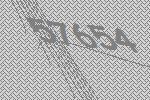
57654